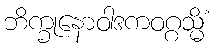
ဘိက္ခုနောဝါဒကဝဂ္ဂသ္မိံ